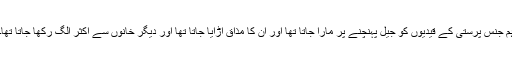
ہم جنس پرستی کے قیدیوں کو جیل پہنچنے پر مارا جاتا تھا اور ان کا مذاق اڑایا جاتا تھا اور دیگر خانوں سے اکثر الگ رکھا جاتا تھا۔